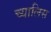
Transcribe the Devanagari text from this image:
च्यालिस